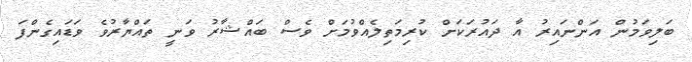
ބަލިވަމުން އަންނައިރު އާ ދައުރަކަށް ކުރިމަތިލެއްވުމަށް ވެސް ބައްޝާރު ވަނީ ތައްޔާރުވެ ވަޑައިގެންފަ